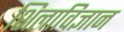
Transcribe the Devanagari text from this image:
शिलाविज्ञान